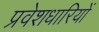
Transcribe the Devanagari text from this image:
प्रवेशधारियों